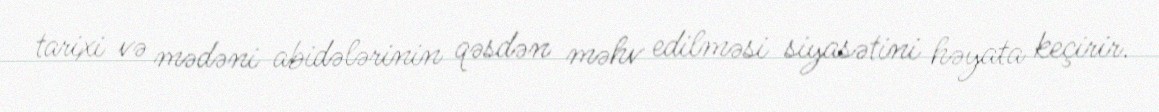
tarixi və mədəni abidələrinin qəsdən məhv edilməsi siyasətini həyata keçirir.